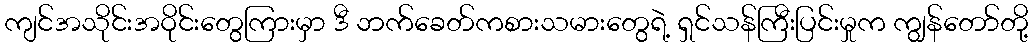
ကျင်အသိုင်းအဝိုင်းတွေကြားမှာ ဒီ ဘက်ခေတ်ကစားသမားတွေရဲ့ ရှင်သန်ကြီးပြင်းမှုက ကျွန်တော်တို့